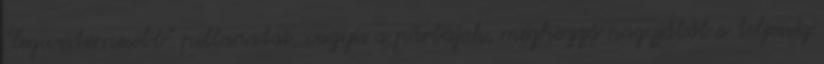
“legwesternesebb” pillanatai, vagyis a párbajok, méghozzá nagyjából a teljesség